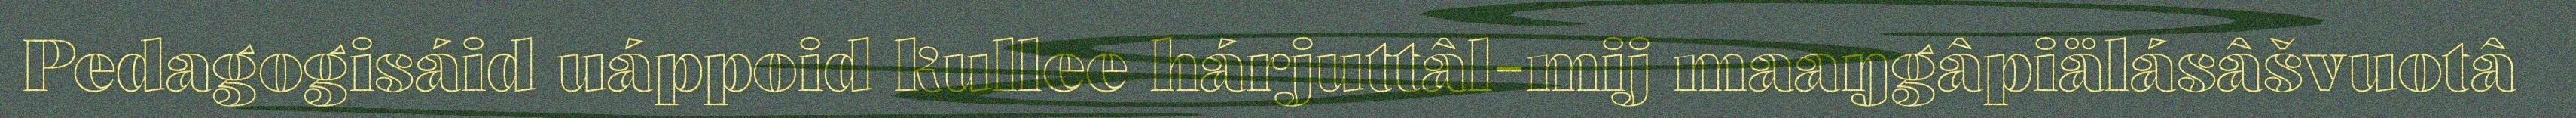
Pedagogisáid uáppoid kullee hárjuttâl-mij maaŋgâpiälásâšvuotâ